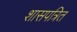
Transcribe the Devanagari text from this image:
शासपत्रित